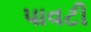
પાવટી